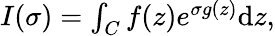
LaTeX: \begin{array}{r}{I(\sigma)=\int_{C}f(z)e^{\sigma g(z)}\mathrm{d}z,}\end{array}